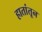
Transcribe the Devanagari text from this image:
हातांतून